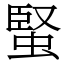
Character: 蜸